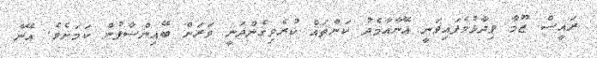
ރައީސް ޒޫމާ ވިދާޅުވެފައިވަނީ އޭނާއާމެދު ކަންތައް ކުރެވިގެންދަނީ ވަރަށް ބޭއިންސާފުން ކަމަށެވެ. އޭނާ